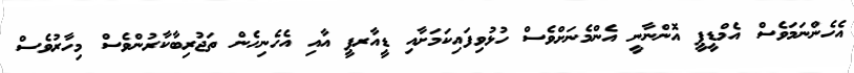
އެހެންނަމަވެސް އެމްޑީޕީ އޮންނާނީ އެންމެނަށްވެސް ހުޅުވިފައިކަމަށާއި ޑީއާރޕީ އާއި އެހެނިހެން ތަޖުރިބާކާރުންވެސް މިހާރުވެސް